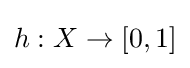
h:X\to [0,1]